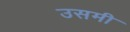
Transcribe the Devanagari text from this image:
उसमी